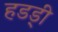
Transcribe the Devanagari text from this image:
हडड्ी